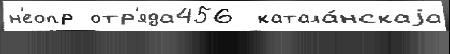
н'еопр отр'яда456  катала́нскаjа